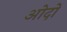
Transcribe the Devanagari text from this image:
ओदों